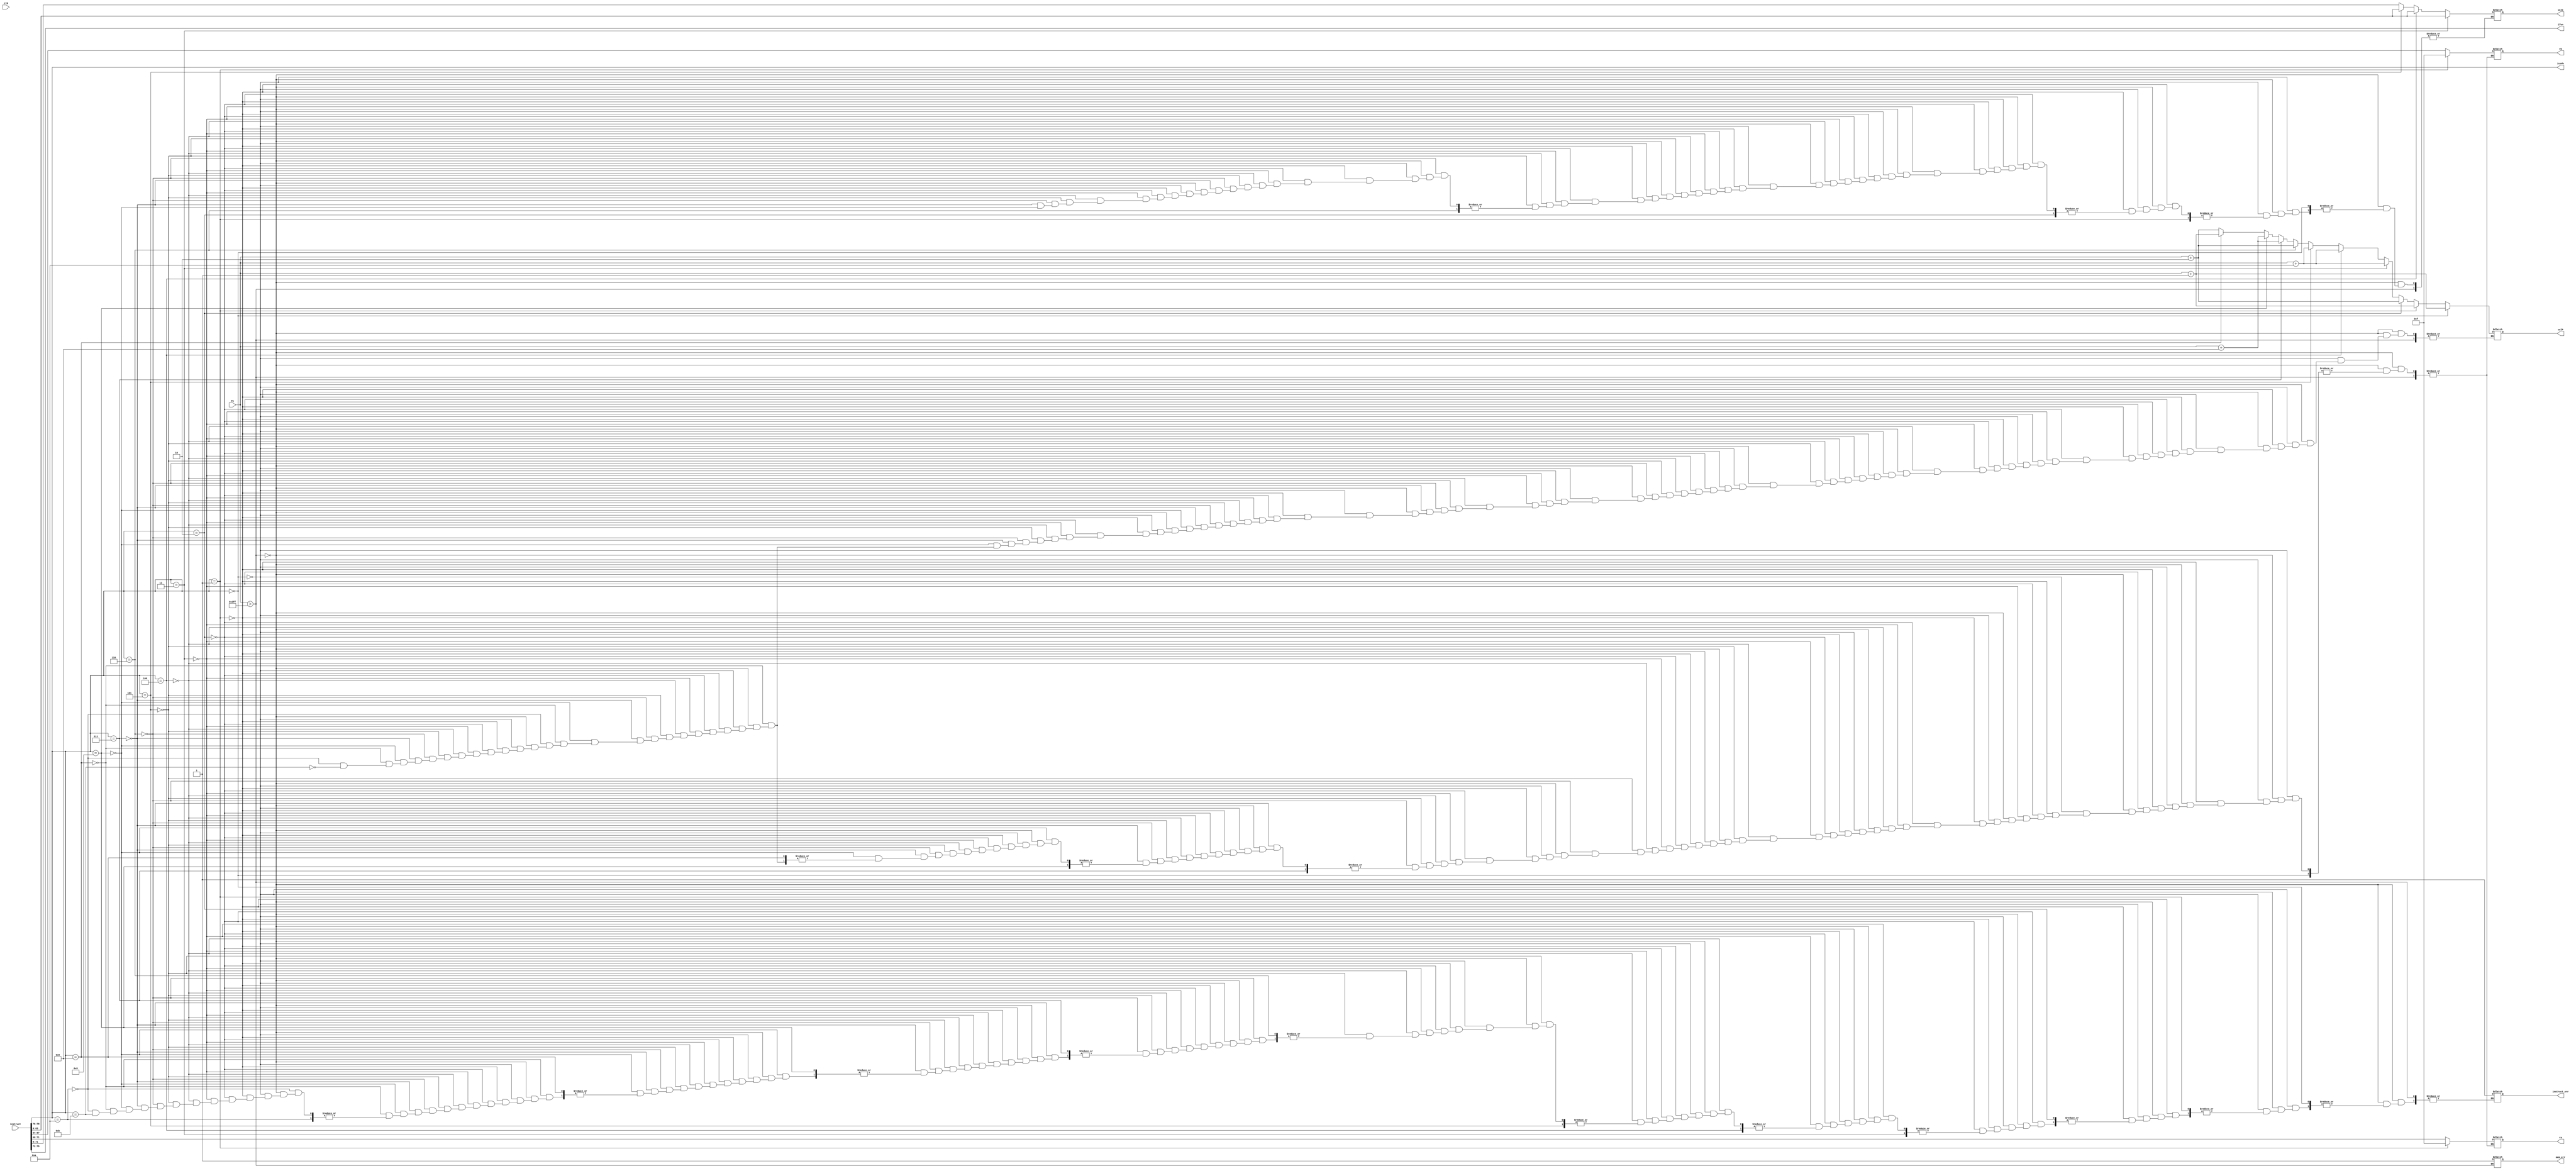
module fetch (clk,PC,instruct,icode,ifun,ra,rb,valC,valP,mem_err,instruct_err);
    input clk;                          // clock
    input [63:0] PC;                    // program counter
    input [0:79] instruct;              // instruction 
    
    output reg [3:0] icode,ifun,ra,rb;  // instruction code, function code, register A, register B
    output reg [63:0] valC,valP;        // Constant(Displacemnet/value), next PC
    output reg mem_err,instruct_err;    // memory error, instruction error

// initial 
//     begin 
//         inst_arr[32]=8'b00000000; //0 fnx
//         inst_arr[33]=8'b00000000; //rA rB
//         inst_arr[34]=8'b00000000; // 0 0 
//         inst_arr[35]=8'b00000000; // 0 0 
//         inst_arr[36]=8'b00000000; // 0 0
//     end

initial
begin
    instruct_err=0;
    mem_err=0;
end

always @(*)
begin
    
    icode=instruct[0:3];                    // icode is valid for all instructions
    ifun=instruct[4:7];                     // ifun 
    if(PC>64'd1023)                             // check if PC is out of range
        begin
            mem_err=1;  
        end
    else if(icode==4'h0)                        //halt
        begin
            valP=PC+1;                      
        end
    else if(icode==4'h1)                   //nop
        begin
            ra=4'hF;
            rb=4'hF; 
            valP=PC+1;
        end
    else if(icode==4'h2)                   //cmovXX
        begin
            {ra,rb}=instruct[8:15];
            valP=PC+2;
        end
    else if(icode==4'h3)                   //irmovq
        begin                   
            {ra,rb,valC}=instruct[8:79];
            valP=PC+10;
        end
    else if(icode==4'h4)                   //rmmovq
        begin
            {ra,rb,valC}=instruct[8:79];    
            valP=PC+10;
        end
    else if(icode==4'h5)                   //mrmovq
        begin
            {ra,rb,valC}=instruct[8:79];
            valP=PC+10;
        end
    else if(icode==4'h6)                   //opq
        begin
            {ra,rb}=instruct[8:15];
            valP=PC+2;
        end
    else if(icode==4'h7)                   //jXX
        begin
            valC=instruct[8:71];
            valP=PC+9;
        end
    else if(icode==4'h8)                   //call
        begin
            valC=instruct[8:71];
            valP=PC+9;
        end
    else if(icode==4'h9)                   //ret
        begin 
            valP=PC+1;
        end
    else if(icode==4'hA)                   //pushq
        begin
            {ra,rb}=instruct[8:15];
            valP=PC+2;
        end 
    else if(icode==4'hB)                   //popq
        begin
            {ra,rb}=instruct[8:15];
            valP=PC+2;
        end
    else                                   // invalid instruction
        begin 
            instruct_err=1; 
        end 
end
endmodule